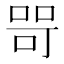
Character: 𭈑